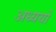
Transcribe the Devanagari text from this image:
अध्ययों